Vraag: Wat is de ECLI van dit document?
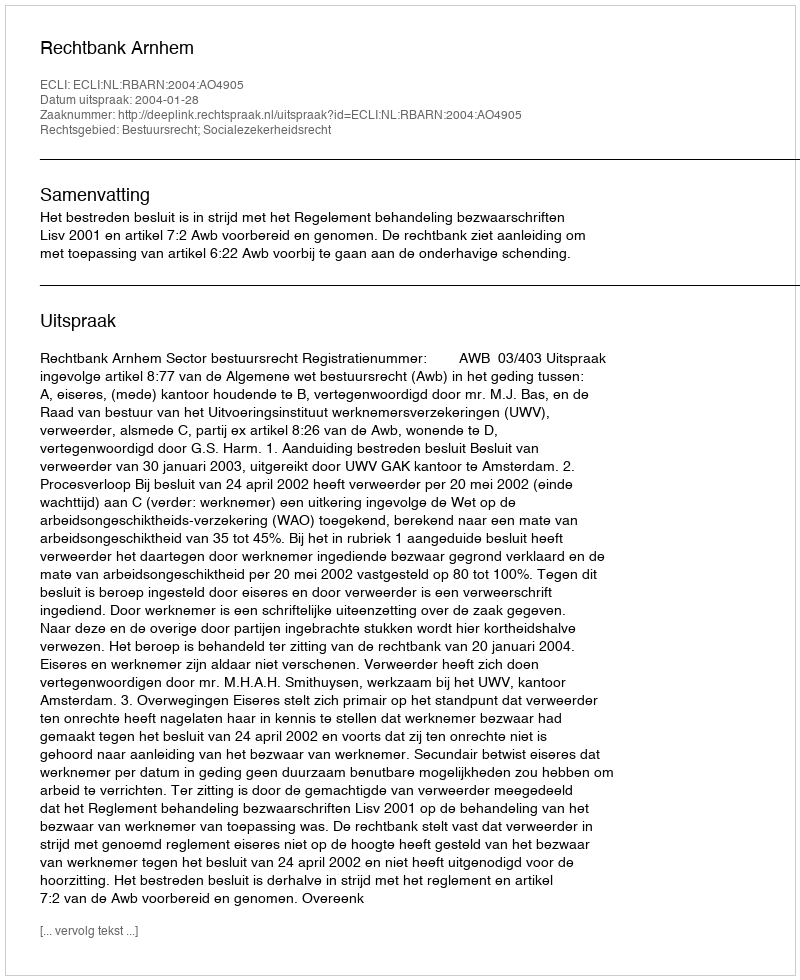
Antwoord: ECLI:NL:RBARN:2004:AO4905